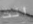
انت